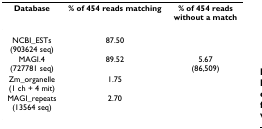
<table><thead><tr><td><b>Database</b></td><td><b>% of 454 reads matching</b></td><td><b>% of 454 readswithout a match</b></td></tr></thead><tbody><tr><td>NCBI_ESTs(903624 seq)</td><td>87.50</td><td></td></tr><tr><td>MAGI.4(727781 seq)</td><td>89.52</td><td>5.67(86,509)</td></tr><tr><td>Zm_organelle(1 ch + 4 mit)</td><td>1.75</td><td></td></tr><tr><td>MAGI_repeats(13564 seq)</td><td>2.70</td><td></td></tr></tbody></table>